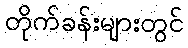
တိုက်ခန်းများတွင်